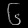
Digit: ၆